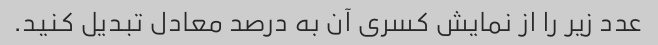
عدد زیر را از نمایش کسری آن به درصد معادل تبدیل کنید.